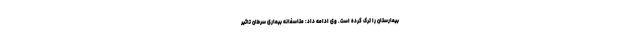
بیمارستان را ترک کرده است. وی ادامه داد: متاسفانه بیماری سرطان تاثیر